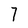
Character: 7